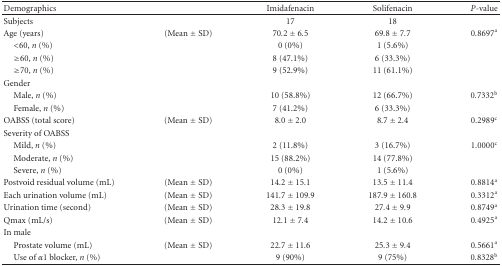
<table><thead><tr><td><b>Demographics</b></td><td></td><td><b>Imidafenacin</b></td><td><b>Solifenacin</b></td><td><b><i>P</i>-value</b></td></tr></thead><tbody><tr><td>Subjects</td><td></td><td>17</td><td>18</td><td></td></tr><tr><td>Age (years)</td><td>(Mean ± SD)</td><td>70.2 ± 6.5</td><td>69.8 ± 7.7</td><td>0.8697<sup>a</sup></td></tr><tr><td> &lt;60, <i>n </i>(%)</td><td></td><td>0 (0%)</td><td>1 (5.6%)</td><td></td></tr><tr><td> ≥60, <i>n </i>(%)</td><td></td><td>8 (47.1%)</td><td>6 (33.3%)</td><td></td></tr><tr><td> ≥70, <i>n</i> (%)</td><td></td><td>9 (52.9%)</td><td>11 (61.1%)</td><td></td></tr><tr><td>Gender</td><td></td><td></td><td></td><td></td></tr><tr><td> Male, <i>n </i>(%)</td><td></td><td>10 (58.8%)</td><td>12 (66.7%)</td><td>0.7332<sup>b</sup></td></tr><tr><td> Female, <i>n </i>(%)</td><td></td><td>7 (41.2%)</td><td>6 (33.3%)</td><td></td></tr><tr><td>OABSS (total score)</td><td>(Mean ± SD)</td><td>8.0 ± 2.0</td><td>8.7 ± 2.4</td><td>0.2989<sup>c</sup></td></tr><tr><td>Severity of OABSS</td><td></td><td></td><td></td><td></td></tr><tr><td> Mild, <i>n </i>(%)</td><td></td><td>2 (11.8%)</td><td>3 (16.7%)</td><td>1.0000<sup>c</sup></td></tr><tr><td> Moderate, <i>n </i>(%)</td><td></td><td>15 (88.2%)</td><td>14 (77.8%)</td><td></td></tr><tr><td> Severe, <i>n </i>(%)</td><td></td><td>0 (0%)</td><td>1 (5.6%)</td><td></td></tr><tr><td>Postvoid residual volume (mL)</td><td>(Mean ± SD)</td><td>14.2 ± 15.1</td><td>13.5 ± 11.4</td><td>0.8814<sup>a</sup></td></tr><tr><td>Each urination volume (mL)</td><td>(Mean ± SD)</td><td>141.7 ± 109.9</td><td>187.9 ± 160.8</td><td>0.3312<sup>a</sup></td></tr><tr><td>Urination time (second)</td><td>(Mean ± SD)</td><td>28.3 ± 19.8</td><td>27.4 ± 9.9</td><td>0.8749<sup>a</sup></td></tr><tr><td>Qmax (mL/s)</td><td>(Mean ± SD)</td><td>12.1 ± 7.4</td><td>14.2 ± 10.6</td><td>0.4925<sup>a</sup></td></tr><tr><td>In male</td><td></td><td></td><td></td><td></td></tr><tr><td> Prostate volume (mL)</td><td>(Mean ± SD)</td><td>22.7 ± 11.6</td><td>25.3 ± 9.4</td><td>0.5661<sup>a</sup></td></tr><tr><td> Use of <i>α</i>1 blocker, <i>n </i>(%)</td><td></td><td>9 (90%)</td><td>9 (75%)</td><td>0.8328<sup>b</sup></td></tr></tbody></table>